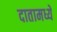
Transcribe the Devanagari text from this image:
दातामध्ये